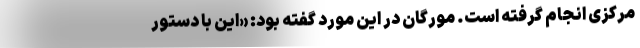
مرکزی انجام گرفته است. مورگان در این مورد گفته بود: «این با دستور